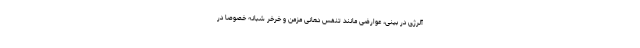
آلرژی در بینی، عوارضی مانند تنفس دهانی مزمن و خرخر شبانه خصوصا در